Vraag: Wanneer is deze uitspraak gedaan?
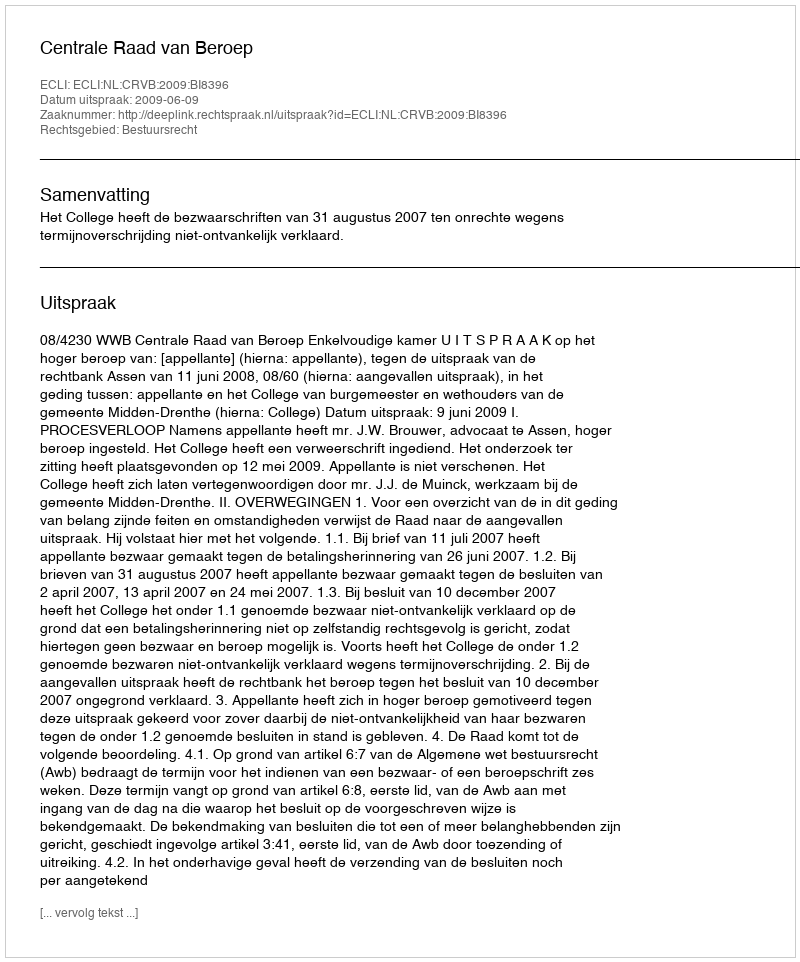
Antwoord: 2009-06-09